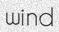
wind